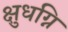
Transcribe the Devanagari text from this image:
क्षुधग्नि